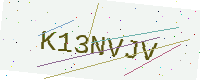
Text: K13NVJV